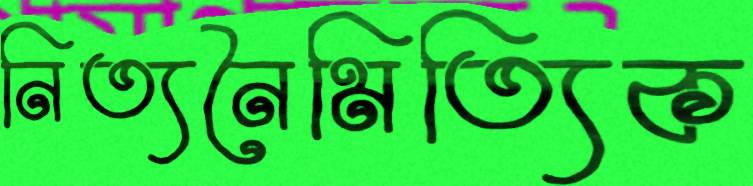
নিত্যনৈমিত্যিক